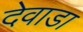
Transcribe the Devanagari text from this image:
देवाडा